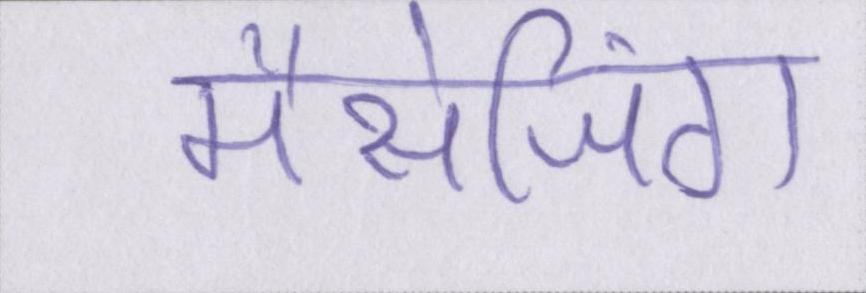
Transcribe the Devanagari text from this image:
मैसेजिंग